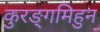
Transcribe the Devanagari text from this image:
कुरङ्गमिहुन